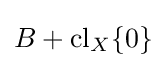
B+\operatorname {cl} _{X}\{0\}